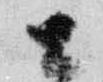
公